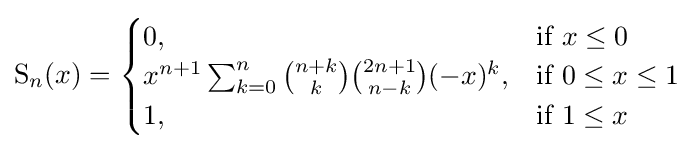
\operatorname {S} _{n}(x)={\begin{cases}0,&{\text{if }}x\leq 0\\x^{n+1}\sum _{k=0}^{n}{\binom {n+k}{k}}{\binom {2n+1}{n-k}}(-x)^{k},&{\text{if }}0\leq x\leq 1\\1,&{\text{if }}1\leq x\\\end{cases}}